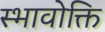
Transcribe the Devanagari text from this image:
स्भावोक्ति